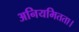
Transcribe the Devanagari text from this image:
अनियमितता।